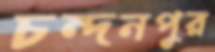
চন্দনপুর